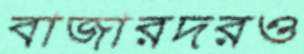
বাজারদরও